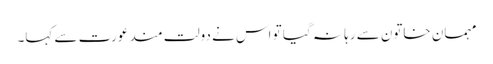
مہمان خاتون سے رہا نہ گیا تو اس نے دولت مند عورت سے کہا۔